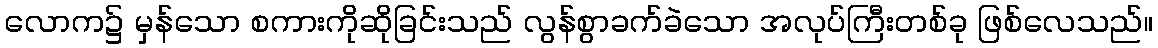
လောက၌ မှန်သော စကားကိုဆိုခြင်းသည် လွန်စွာခက်ခဲသော အလုပ်ကြီးတစ်ခု ဖြစ်လေသည်။